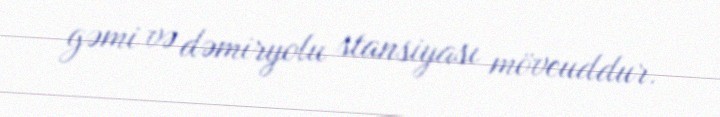
gəmi və dəmiryolu stansiyası mövcuddur.